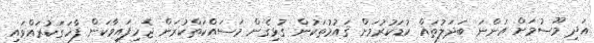
އަދި މޫސުމަށް އަންނަ ބަދަލުތައް ކުޑަކުރުމަށް ޤައުމުތަކުން ގުޅިގެން މަސައްކަތްކުރަން ޖެހިފައިވާކަން ފާހަގަކުރައްވައި